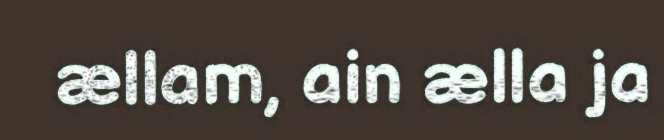
ællam, ain ælla ja